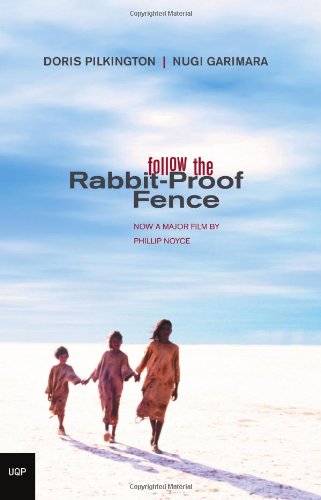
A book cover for Follow the Rabbit-Proof Fence; Doris Pilkington; Biographies & Memoirs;